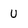
Character: U